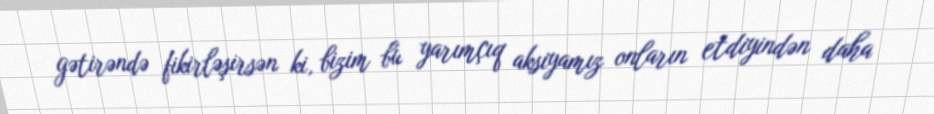
gətirəndə fikirləşirsən ki, bizim bu yarımçıq aksiyamız onların etdiyindən daha